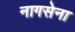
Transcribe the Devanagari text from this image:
नागसेना